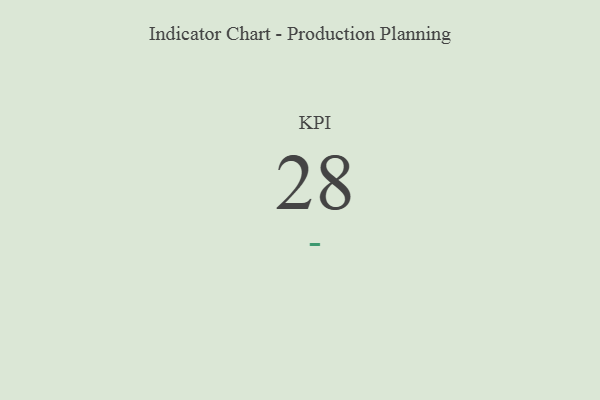
{"axis": {"x": "KPI", "y": "Value"}, "legend": [""], "data": [{"x": "KPI", "y": 28, "type": ""}]}